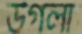
উগলা